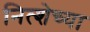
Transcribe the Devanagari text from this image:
नित्शेच्या